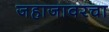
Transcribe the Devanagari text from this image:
जहाजावरचा